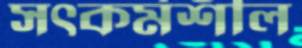
সত্কর্মশীল